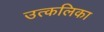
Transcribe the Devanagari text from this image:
उत्‍कलिका